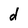
Character: d